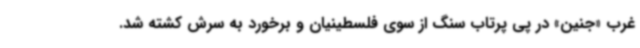
غرب «جنین» در پی پرتاب سنگ از سوی فلسطینیان و برخورد به سرش کشته شد.